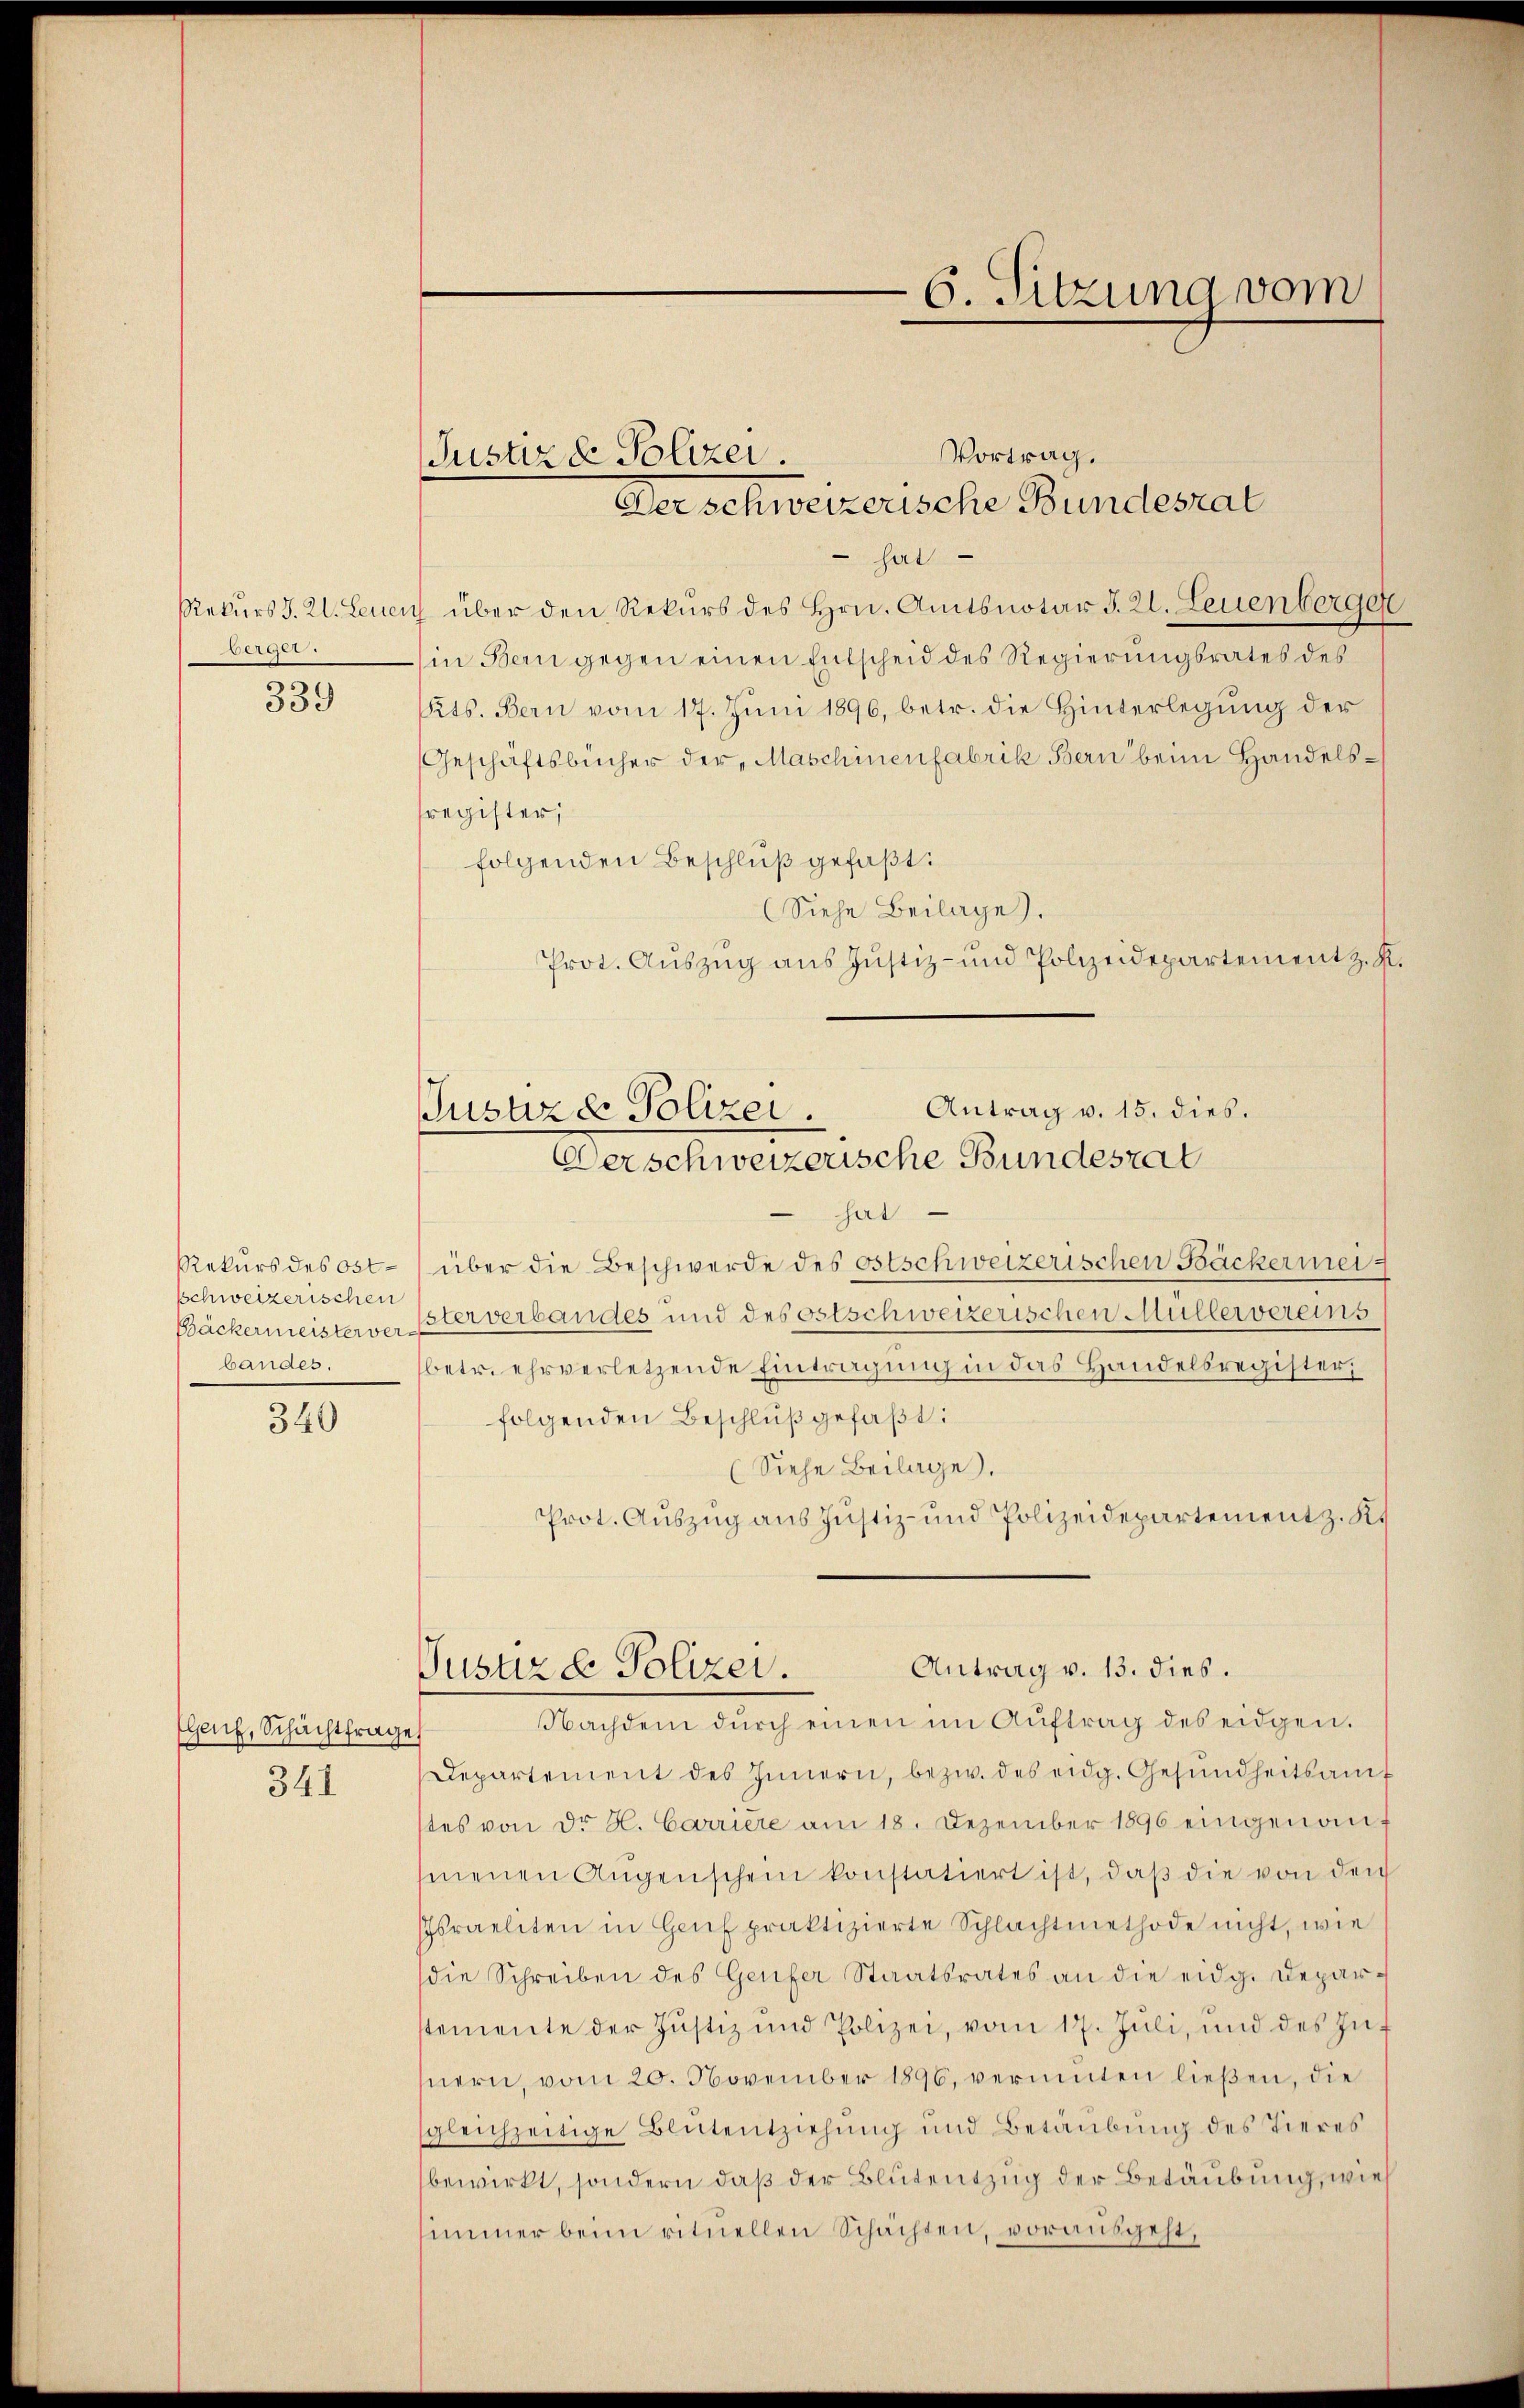
Rekurs J. Kl. Leuen
6

339

Rekurs des Ost-
schweizerischen
Bäckermeisterver
bandes.

340

Genf, Schachtfrage
341

Justiz & Polizei.

Vortrag.
 hat
 über den Rekurs des Hrn. Amtsnotar d. 21. Leuenberger
in Bern gegen einen Entscheid des Regierungsrates des
ts. Bern vom 17. Juni 1896, betr. die Hinterlegung der
Geschäftsbücher der Maschinenfabrik Bern beim Handelsregister,
folgenden Beschluß gefaßt:
(Siehe Beilage).
Prot. Auszug aus Justiz- und Polizeidepartement z. K.
hat
über die Beschwerde des Ostschweizerischen Bäckermei
sterverbandes und des ostschweizerischen Müllervereins
betr. ehrverletzende Eintragung in das Handelsregister,
folgenden Beschlŭβ gefaßt:
(Siehe Beilage).
Prot. Auszug aus Justiz- und Polizeidepartement z. K.
Antrag v. 13. dies.
Justire Polizei.
Nachdem dŭrch einen im Aŭftrag des eidgen.
Departement des Innern, bezw. des eidg. Gesŭndheitsamt
tes von dr H. Carriere am 18. Dezember 1896 eingenant
smenen Augenschein konstatiert ist, daβ die von den
Israeliten in Genf praktizierte Schlachtmethode nicht, wie
die Schreiben des Genfer Staatsrates an die eidg. Deparstemente der Justiz und Polizei, vom 17. Jŭli, und des Zünern, vom 20. November 1896, verminten ließen, die
sgleichzeitige Blutentziehung und Betäubung des Tieres
bewirkt, sondern daß der Blutentzug der Betäubung, wie
simmer beim rituellen Schachten, vorausgeht,

Der schweizerische Bundesrat

Antrag v. 15. dies.
Justiz & Polizei.
Verschweizerische Bundesrat

C. Sitzung vom